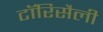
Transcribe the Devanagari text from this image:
टॉरिसैली